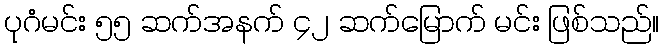
ပုဂံမင်း ၅၅ ဆက်အနက် ၄၂ ဆက်မြောက် မင်း ဖြစ်သည်။